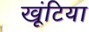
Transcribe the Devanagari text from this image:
खूंटिया